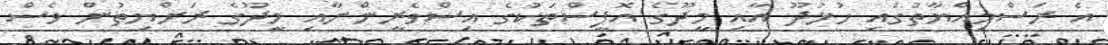
އެ ރަސްމިއްޔާތުގައި ހުޅުދޫ އާއި މީދޫގެ އޮފީސްތަކުގެ އިސްވެރީންނާއި މީދޫގެ ރަށްޔިތުން ވެސް